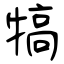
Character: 犒